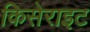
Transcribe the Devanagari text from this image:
किसेराइट